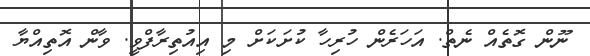
ނޫން ގޮތެއް ނެތް. އަހަރެން ހުރިހާ ކުށަކަށް މި އިއުތިރާފްވީ. ވާން އޮތިއްޔާ